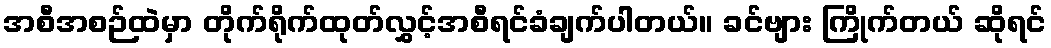
အစီအစဉ်ထဲမှာ တိုက်ရိုက်ထုတ်လွှင့်အစီရင်ခံချက်ပါတယ်။ ခင်ဗျား ကြိုက်တယ် ဆိုရင်